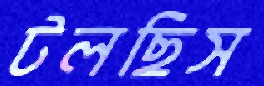
টলছিস